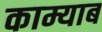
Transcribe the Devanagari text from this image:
काम्याब